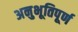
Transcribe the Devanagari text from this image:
अनुभूतिपूर्ण